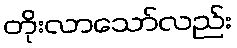
တိုးလာသော်လည်း